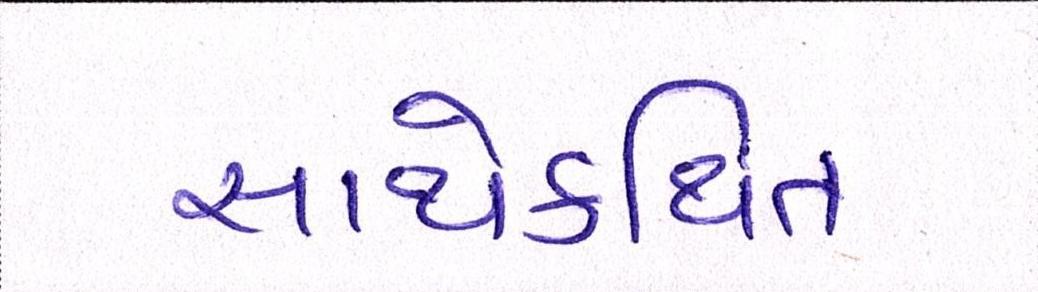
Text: સાથેકથિત